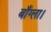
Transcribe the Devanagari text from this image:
बाँग्ला।